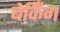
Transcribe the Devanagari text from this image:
बेकिँग